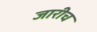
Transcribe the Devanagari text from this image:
जारीच